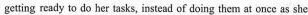
getting ready to do her tasks, instead of doing them at oncc as she